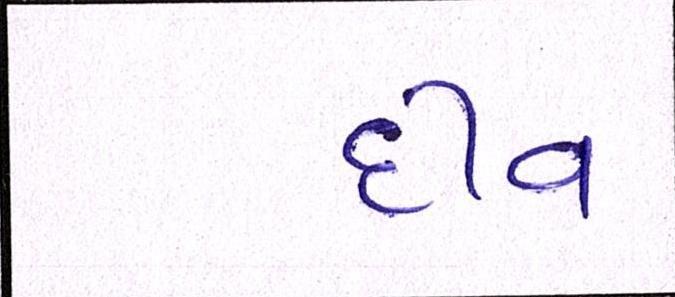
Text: દીવ